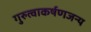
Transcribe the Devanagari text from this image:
गुरुत्वाकर्षणजन्य